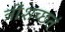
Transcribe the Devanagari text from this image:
त्रींशच्छतं